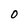
Character: 0